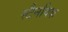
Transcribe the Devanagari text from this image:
स्टैनविक